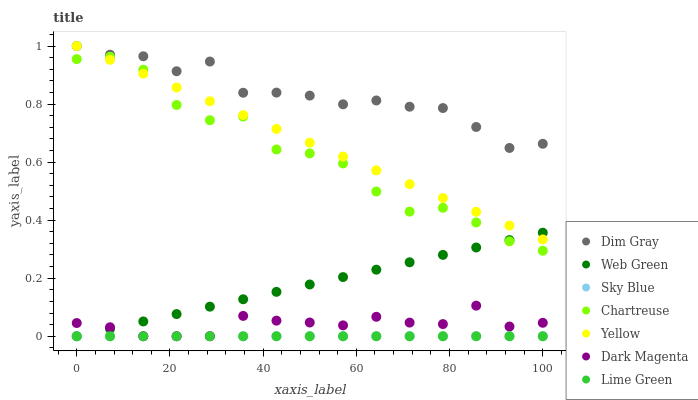
| xaxis_label | Dim Gray | Web Green | Sky Blue | Chartreuse | Yellow | Dark Magenta | Lime Green |
 | --- | --- | --- | --- | --- | --- | --- | --- |
 | 0 | 1 | 0 | 0 | 0.955 | 1 | 0.0456 | 0 |
 | 7.14 | 0.97 | 0.0255 | 0 | 0.963 | 0.952 | 0.031 | 0 |
 | 14.3 | 0.965 | 0.051 | 0 | 0.918 | 0.905 | 0 | 0 |
 | 21.4 | 0.913 | 0.0765 | 0 | 0.797 | 0.857 | 0 | 0 |
 | 28.6 | 0.947 | 0.102 | 0 | 0.744 | 0.81 | 0 | 0 |
 | 35.7 | 0.839 | 0.127 | 0 | 0.757 | 0.762 | 0.0701 | 0 |
 | 42.9 | 0.84 | 0.153 | 0 | 0.644 | 0.714 | 0.0537 | 0 |
 | 50 | 0.829 | 0.178 | 0 | 0.63 | 0.667 | 0.0474 | 0 |
 | 57.1 | 0.799 | 0.204 | 0 | 0.595 | 0.619 | 0.0375 | 0 |
 | 64.3 | 0.812 | 0.229 | 0 | 0.499 | 0.572 | 0.0671 | 0 |
 | 71.4 | 0.791 | 0.255 | 0 | 0.429 | 0.524 | 0.0471 | 0 |
 | 78.6 | 0.786 | 0.28 | 0 | 0.443 | 0.476 | 0.0419 | 0 |
 | 85.7 | 0.721 | 0.306 | 0 | 0.392 | 0.429 | 0.105 | 0 |
 | 92.9 | 0.649 | 0.331 | 0 | 0.327 | 0.381 | 0.0335 | 0 |
 | 100 | 0.663 | 0.357 | 0 | 0.295 | 0.334 | 0.0463 | 0 |